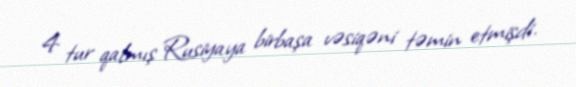
4 tur qalmış Rusiyaya birbaşa vəsiqəni təmin etmişdi.